Annual report of the Punjab Veterinary College and of the Civil Veterinary Department, Punjab - 1920-1925
Year: 1920
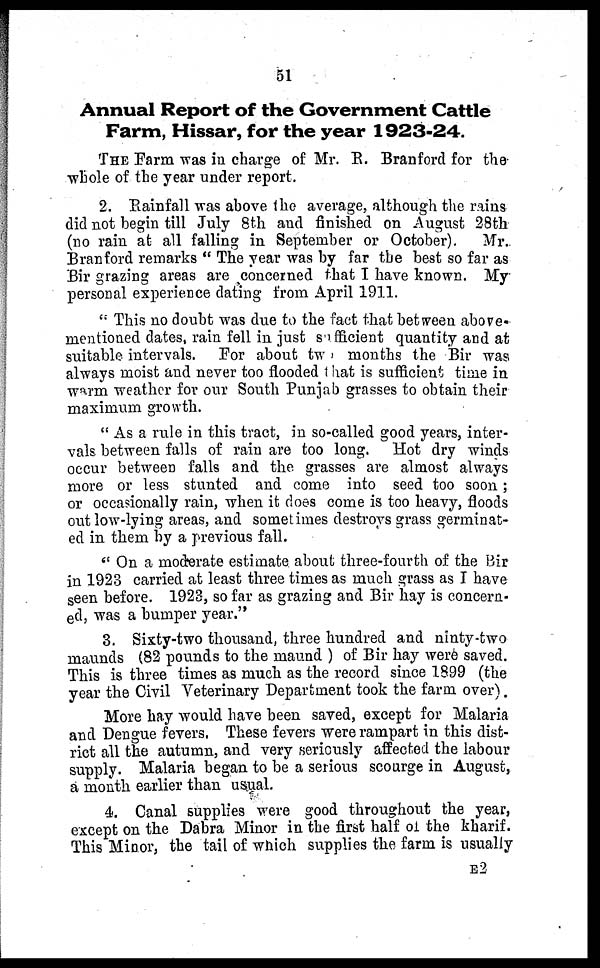
51
Annual Report of the Government Cattle
Farm, Hissar, for the year 1923-24.
THE Farm was in charge of Mr. R. Branford for the
whole of the year under report.
2. Rainfall was above the average, although the rains
did not begin till July 8th and finished on August 28th
(no rain at all falling in September or October).
Mr.
Branford remarks "The year was by far the best so far as
Bir grazing areas are concerned that I have known. My
personal experience dating from April 1911.
"This no doubt was due to the fact that between above-
mentioned dates, rain fell in just sufficient quantity and at
suitable intervals. For about two months the Bir was
always moist and never too flooded that is sufficient time in
warm weather for our South Punjab grasses to obtain their
maximum growth.
"As a rule in this tract, in so-called good years, inter-
vals between falls of rain are too long. Hot dry winds
occur between falls and the grasses are almost always
more or less stunted and come into seed too soon;
or occasionally rain, when it does come is too heavy, floods
out low-lying areas, and sometimes destroys grass germinat-
ed in them by a previous fall.
"On a moderate estimate about three-fourth of the Bir
in 1923 carried at least three times as much grass as I have
seen before. 1923, so far as grazing and Bir hay is concern-
ed, was a bumper year."
3. Sixty-two thousand, three hundred and ninty-two
maunds (82 pounds to the maund ) of Bir hay were saved.
This is three times as much as the record since 1899 (the
year the Civil Veterinary Department took the farm over).
More hay would have been saved, except for Malaria
and Dengue fevers, These fevers were rampart in this dist-
rict all the autumn, and very seriously affected the labour
supply. Malaria began to be a serious scourge in August,
a month earlier than usual.
4. Canal supplies were good throughout the year,
except on the Dabra Minor in the first half of the kharif.
This Minor, the tail of which supplies the farm is usually
E2